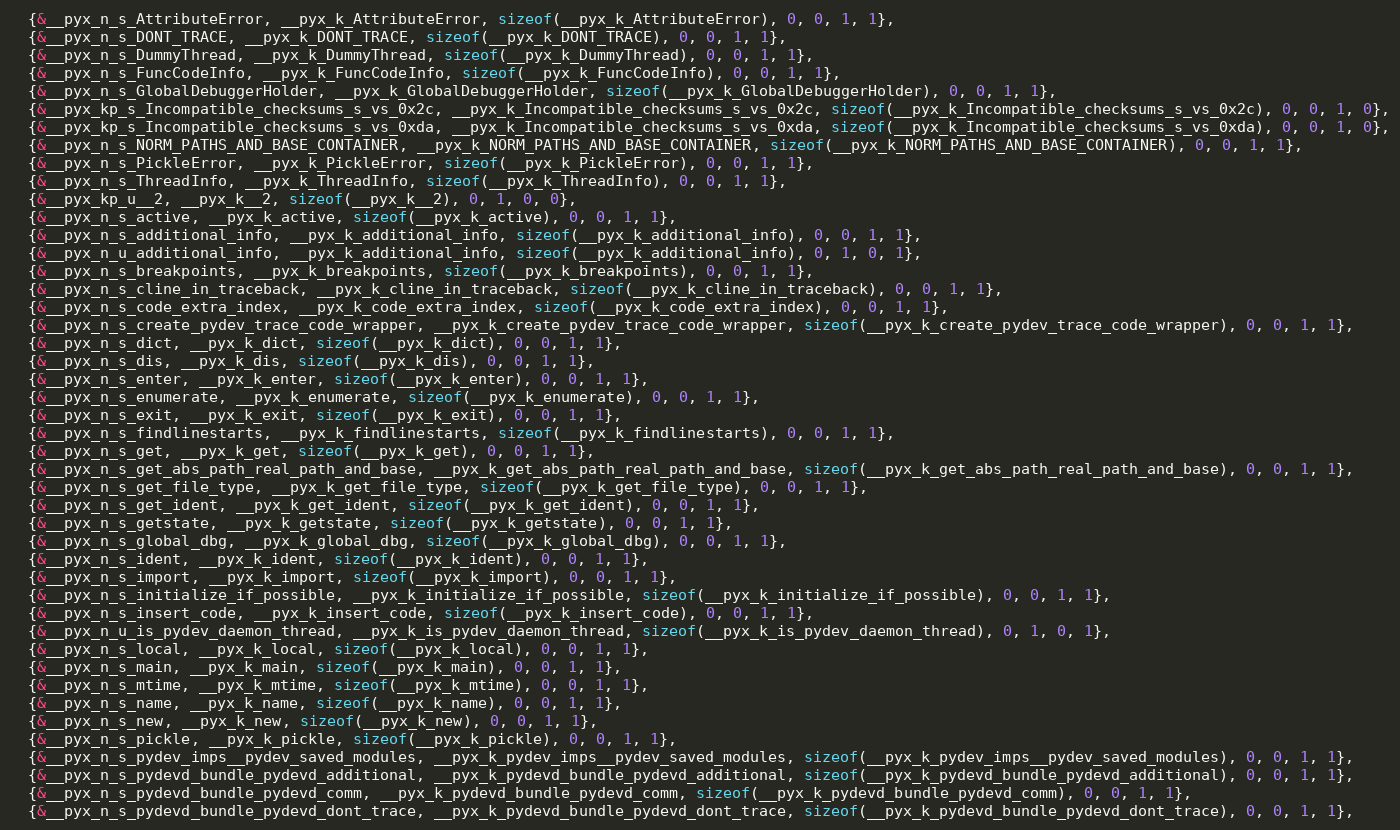
Language: C
  {&__pyx_n_s_AttributeError, __pyx_k_AttributeError, sizeof(__pyx_k_AttributeError), 0, 0, 1, 1},
  {&__pyx_n_s_DONT_TRACE, __pyx_k_DONT_TRACE, sizeof(__pyx_k_DONT_TRACE), 0, 0, 1, 1},
  {&__pyx_n_s_DummyThread, __pyx_k_DummyThread, sizeof(__pyx_k_DummyThread), 0, 0, 1, 1},
  {&__pyx_n_s_FuncCodeInfo, __pyx_k_FuncCodeInfo, sizeof(__pyx_k_FuncCodeInfo), 0, 0, 1, 1},
  {&__pyx_n_s_GlobalDebuggerHolder, __pyx_k_GlobalDebuggerHolder, sizeof(__pyx_k_GlobalDebuggerHolder), 0, 0, 1, 1},
  {&__pyx_kp_s_Incompatible_checksums_s_vs_0x2c, __pyx_k_Incompatible_checksums_s_vs_0x2c, sizeof(__pyx_k_Incompatible_checksums_s_vs_0x2c), 0, 0, 1, 0},
  {&__pyx_kp_s_Incompatible_checksums_s_vs_0xda, __pyx_k_Incompatible_checksums_s_vs_0xda, sizeof(__pyx_k_Incompatible_checksums_s_vs_0xda), 0, 0, 1, 0},
  {&__pyx_n_s_NORM_PATHS_AND_BASE_CONTAINER, __pyx_k_NORM_PATHS_AND_BASE_CONTAINER, sizeof(__pyx_k_NORM_PATHS_AND_BASE_CONTAINER), 0, 0, 1, 1},
  {&__pyx_n_s_PickleError, __pyx_k_PickleError, sizeof(__pyx_k_PickleError), 0, 0, 1, 1},
  {&__pyx_n_s_ThreadInfo, __pyx_k_ThreadInfo, sizeof(__pyx_k_ThreadInfo), 0, 0, 1, 1},
  {&__pyx_kp_u__2, __pyx_k__2, sizeof(__pyx_k__2), 0, 1, 0, 0},
  {&__pyx_n_s_active, __pyx_k_active, sizeof(__pyx_k_active), 0, 0, 1, 1},
  {&__pyx_n_s_additional_info, __pyx_k_additional_info, sizeof(__pyx_k_additional_info), 0, 0, 1, 1},
  {&__pyx_n_u_additional_info, __pyx_k_additional_info, sizeof(__pyx_k_additional_info), 0, 1, 0, 1},
  {&__pyx_n_s_breakpoints, __pyx_k_breakpoints, sizeof(__pyx_k_breakpoints), 0, 0, 1, 1},
  {&__pyx_n_s_cline_in_traceback, __pyx_k_cline_in_traceback, sizeof(__pyx_k_cline_in_traceback), 0, 0, 1, 1},
  {&__pyx_n_s_code_extra_index, __pyx_k_code_extra_index, sizeof(__pyx_k_code_extra_index), 0, 0, 1, 1},
  {&__pyx_n_s_create_pydev_trace_code_wrapper, __pyx_k_create_pydev_trace_code_wrapper, sizeof(__pyx_k_create_pydev_trace_code_wrapper), 0, 0, 1, 1},
  {&__pyx_n_s_dict, __pyx_k_dict, sizeof(__pyx_k_dict), 0, 0, 1, 1},
  {&__pyx_n_s_dis, __pyx_k_dis, sizeof(__pyx_k_dis), 0, 0, 1, 1},
  {&__pyx_n_s_enter, __pyx_k_enter, sizeof(__pyx_k_enter), 0, 0, 1, 1},
  {&__pyx_n_s_enumerate, __pyx_k_enumerate, sizeof(__pyx_k_enumerate), 0, 0, 1, 1},
  {&__pyx_n_s_exit, __pyx_k_exit, sizeof(__pyx_k_exit), 0, 0, 1, 1},
  {&__pyx_n_s_findlinestarts, __pyx_k_findlinestarts, sizeof(__pyx_k_findlinestarts), 0, 0, 1, 1},
  {&__pyx_n_s_get, __pyx_k_get, sizeof(__pyx_k_get), 0, 0, 1, 1},
  {&__pyx_n_s_get_abs_path_real_path_and_base, __pyx_k_get_abs_path_real_path_and_base, sizeof(__pyx_k_get_abs_path_real_path_and_base), 0, 0, 1, 1},
  {&__pyx_n_s_get_file_type, __pyx_k_get_file_type, sizeof(__pyx_k_get_file_type), 0, 0, 1, 1},
  {&__pyx_n_s_get_ident, __pyx_k_get_ident, sizeof(__pyx_k_get_ident), 0, 0, 1, 1},
  {&__pyx_n_s_getstate, __pyx_k_getstate, sizeof(__pyx_k_getstate), 0, 0, 1, 1},
  {&__pyx_n_s_global_dbg, __pyx_k_global_dbg, sizeof(__pyx_k_global_dbg), 0, 0, 1, 1},
  {&__pyx_n_s_ident, __pyx_k_ident, sizeof(__pyx_k_ident), 0, 0, 1, 1},
  {&__pyx_n_s_import, __pyx_k_import, sizeof(__pyx_k_import), 0, 0, 1, 1},
  {&__pyx_n_s_initialize_if_possible, __pyx_k_initialize_if_possible, sizeof(__pyx_k_initialize_if_possible), 0, 0, 1, 1},
  {&__pyx_n_s_insert_code, __pyx_k_insert_code, sizeof(__pyx_k_insert_code), 0, 0, 1, 1},
  {&__pyx_n_u_is_pydev_daemon_thread, __pyx_k_is_pydev_daemon_thread, sizeof(__pyx_k_is_pydev_daemon_thread), 0, 1, 0, 1},
  {&__pyx_n_s_local, __pyx_k_local, sizeof(__pyx_k_local), 0, 0, 1, 1},
  {&__pyx_n_s_main, __pyx_k_main, sizeof(__pyx_k_main), 0, 0, 1, 1},
  {&__pyx_n_s_mtime, __pyx_k_mtime, sizeof(__pyx_k_mtime), 0, 0, 1, 1},
  {&__pyx_n_s_name, __pyx_k_name, sizeof(__pyx_k_name), 0, 0, 1, 1},
  {&__pyx_n_s_new, __pyx_k_new, sizeof(__pyx_k_new), 0, 0, 1, 1},
  {&__pyx_n_s_pickle, __pyx_k_pickle, sizeof(__pyx_k_pickle), 0, 0, 1, 1},
  {&__pyx_n_s_pydev_imps__pydev_saved_modules, __pyx_k_pydev_imps__pydev_saved_modules, sizeof(__pyx_k_pydev_imps__pydev_saved_modules), 0, 0, 1, 1},
  {&__pyx_n_s_pydevd_bundle_pydevd_additional, __pyx_k_pydevd_bundle_pydevd_additional, sizeof(__pyx_k_pydevd_bundle_pydevd_additional), 0, 0, 1, 1},
  {&__pyx_n_s_pydevd_bundle_pydevd_comm, __pyx_k_pydevd_bundle_pydevd_comm, sizeof(__pyx_k_pydevd_bundle_pydevd_comm), 0, 0, 1, 1},
  {&__pyx_n_s_pydevd_bundle_pydevd_dont_trace, __pyx_k_pydevd_bundle_pydevd_dont_trace, sizeof(__pyx_k_pydevd_bundle_pydevd_dont_trace), 0, 0, 1, 1},